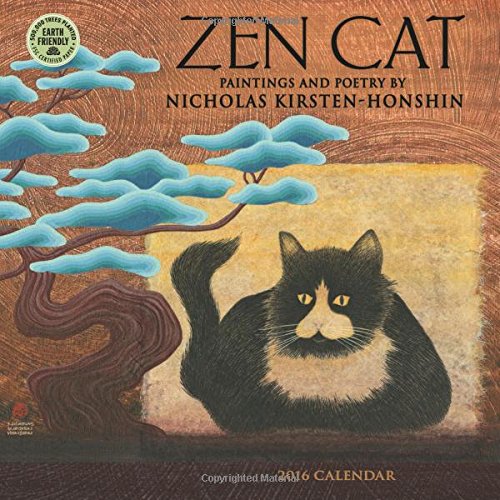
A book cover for Zen Cat 2016 Mini Wall Calendar; Nicholas Kirsten-Honshin; Calendars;